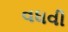
વધવી